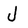
Character: J